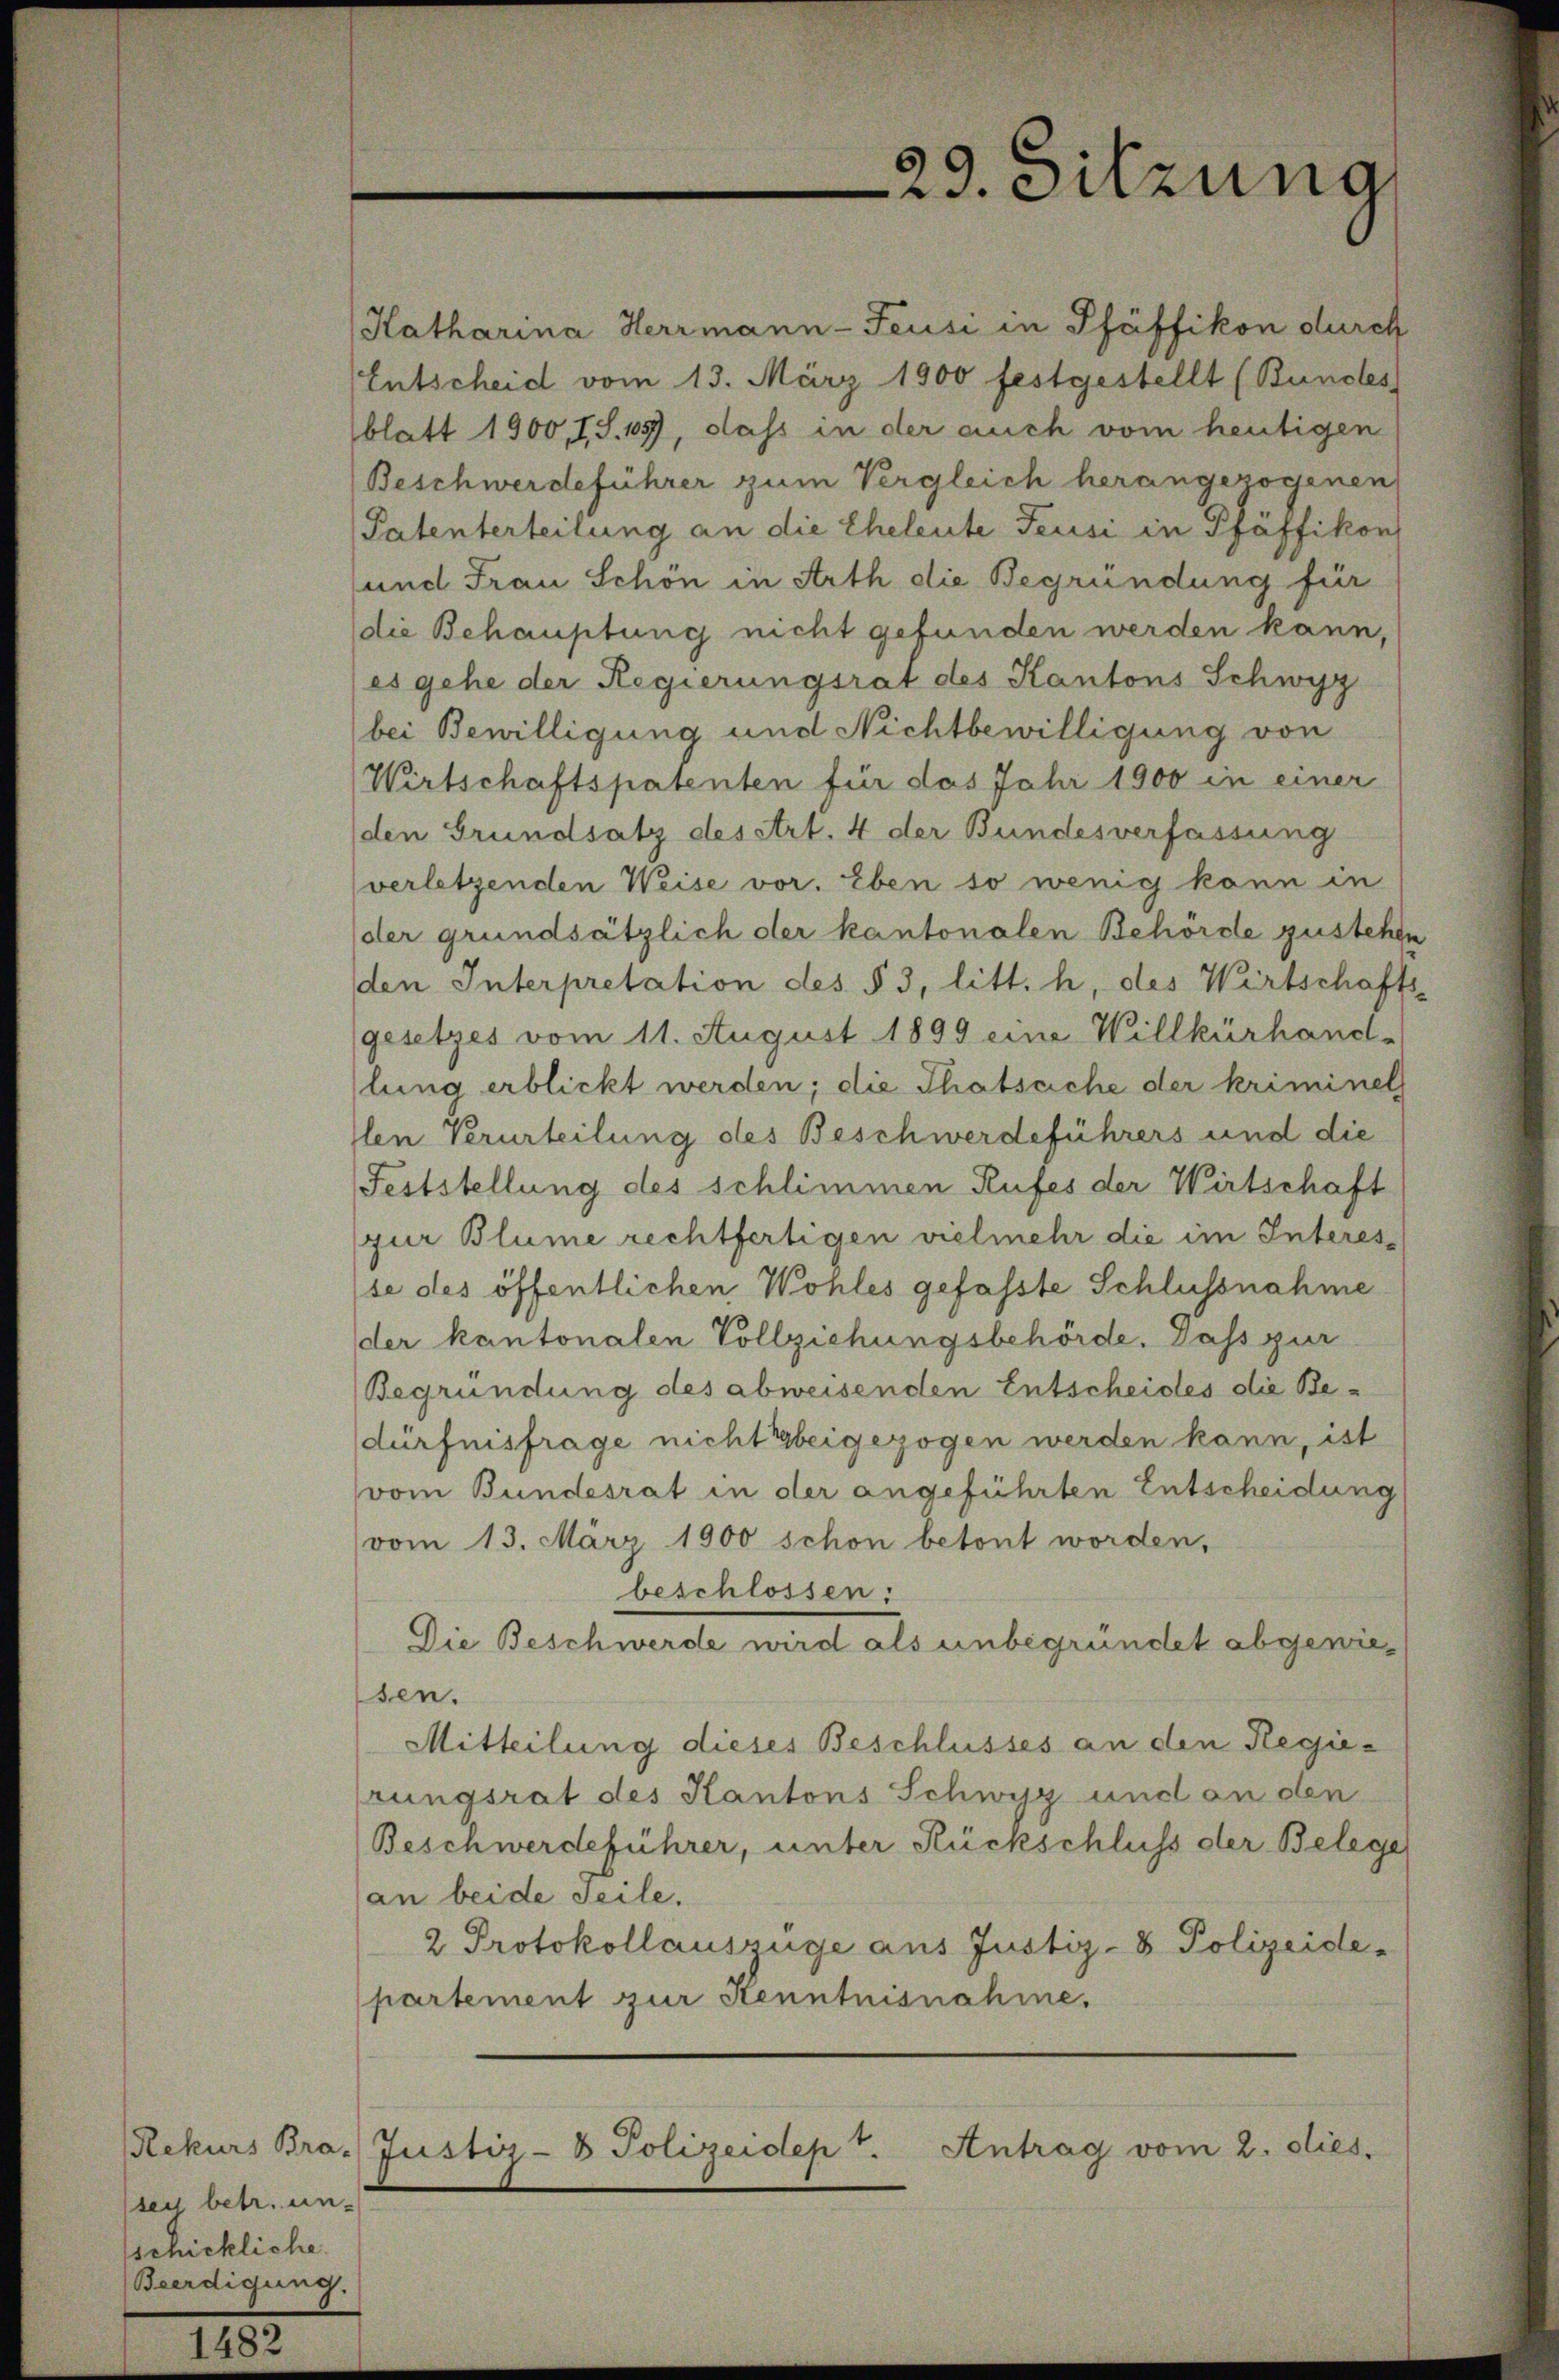
29. Sitzung

Katharina Herrmann-Feusi in Pfäffikon durch
Entscheid vom 13. März 1900 festgestellt (Bundes
blatt 1900, I, S. 1057, dass in der auch vom heutigen
Beschwerdeführer zum Vergleich herangezogenen
Patenterteilung an die Eheleute Feusi in Pfäffikon
und Frau Schön in Arth die Begründung für
die Behauptung nicht gefunden werden kann,
es gehe der Regierungsrat des Kantons Schwyz
bei Bewilligung und Nichtbewilligung von
Wirtschaftspatenten für das Jahr 1900 in einer
den Grundsatz des Art. 4 der Bundesverfassung
verletzenden Weise vor. Eben so wenig kann in
der grundsätzlich der kantonalen Behörde gustehe
den Interpretation des § 3, litt. h, des Wirtschaft
(gesetzes vom 11. August 1899 eine Willkürhand-
lung erblickt werden; die Thatsache der kriminel
len Verurteilung des Beschwerdeführers und die
Feststellung des schlimmen Rufes der Wirtschaft
pur Blume rechtfertigen vielmehr die im Interesse des öffentlichen Wohles gefasste Schlussnahme
der kantonalen Vollziehungsbehörde. Dass zur
Begründung des abweisenden Entscheides die Bedürfnisfrage nicht beigezogen werden kann, ist
vom Bundesrat in der angeführten Entscheidung
vom 13. März 1900 schon betont worden,
beschlossen:
Die Beschwerde wird als unbegründet abgewiesen.
Mitteilung dieses Beschlusses an den Regierungsrat des Kantons Schwyz und an den
Beschwerdeführer, unter Rückschluss der Belege
an beide Teile.
2 Protokollauszüge aus Justiz- & Polizeide-
partement zur Kenntnisnahme.
Antrag vom 2. dies,
Rekurs Bra- Justiz- & Polizeidept.

sen betr. un-
schickliche
Beerdigung.